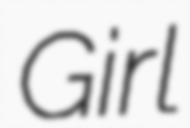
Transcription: Girl